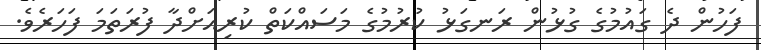
ފަހުން ދެ ގައުމުގެ ގުޅުން ރަނގަޅު ކުރުމުގެ މަސައްކަތް ކުރިއަށްދާ ފުރަތަމަ ފަހަރެވެ.